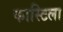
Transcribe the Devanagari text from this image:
कास्टिला